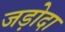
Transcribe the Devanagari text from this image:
जड़ोदा